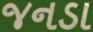
જનડા